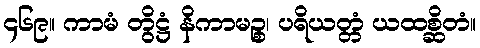
၄၆၉။ ကာမံ တွိဋ္ဌံ နိကာမဉ္စ၊ ပရိယတ္တံ ယထစ္ဆိတံ။